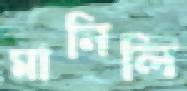
মানিলি